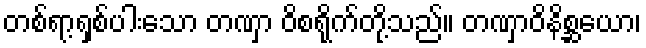
တစ်ရာ့ရှစ်ပါးသော တဏှာ ဝိစရိုက်တို့သည်။ တဏှာဝိနိစ္ဆယော၊